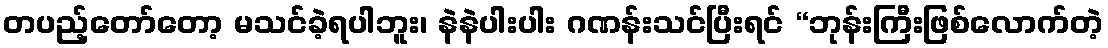
တပည့်တော်တော့ မသင်ခဲ့ရပါဘူး၊ နဲနဲပါးပါး ဂဏန်းသင်ပြီးရင် “ဘုန်းကြီးဖြစ်လောက်တဲ့